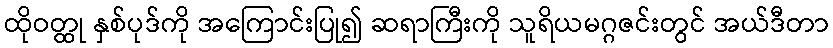
ထိုဝတ္ထု နှစ်ပုဒ်ကို အကြောင်းပြု၍ ဆရာကြီးကို သူရိယမဂ္ဂဇင်းတွင် အယ်ဒီတာ